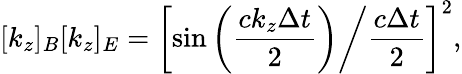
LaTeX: [k_{z}]_{B}[k_{z}]_{E}=\left[\sin\left(\frac{ck_{z}\Delta t}{2}\right)\middle/\frac{c\Delta t}{2}\right]^{2},